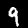
Digit: 9